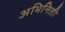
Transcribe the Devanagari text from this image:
अभिनिती